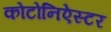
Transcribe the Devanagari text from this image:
कोटोनिऐस्टर